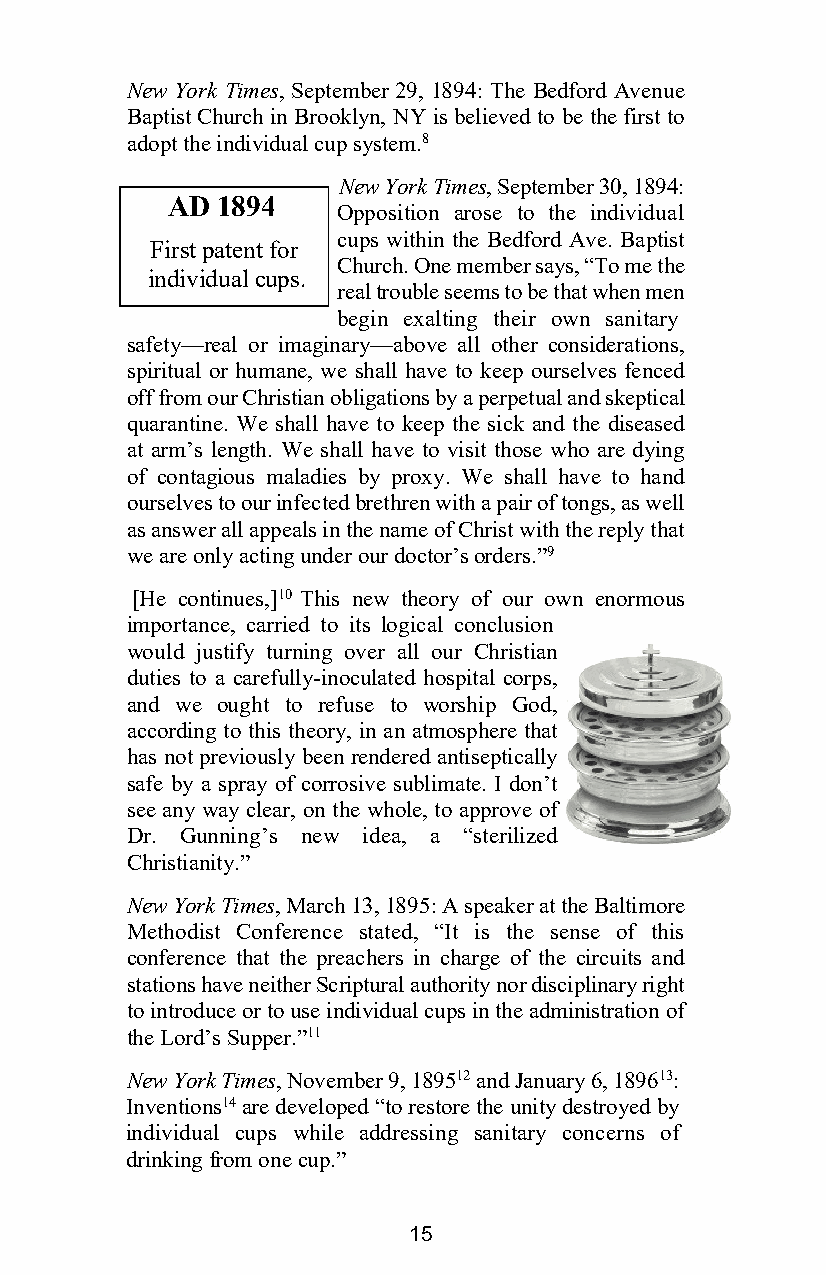
New York Times, September 29, 1894: The Bedford Avenue
 Baptist Church in Brooklyn, NY is believed to be the first to
 adopt the individual cup system.8
 New York Times, September 30, 1894:
 AD 1894
 Opposition arose to the individual
 cups within the Bedford Ave. Baptist
 First patent for
 Church. One member says, “To me the
 individual cups.
 real trouble seems to be that when men
 begin exalting their own sanitary
 safety—real or imaginary—above all other considerations,
 spiritual or humane, we shall have to keep ourselves fenced
 off from our Christian obligations by a perpetual and skeptical
 quarantine. We shall have to keep the sick and the diseased
 at arm’s length. We shall have to visit those who are dying
 of contagious maladies by proxy. We shall have to hand
 ourselves to our infected brethren with a pair of tongs, as well
 as answer all appeals in the name of Christ with the reply that
 we are only acting under our doctor’s orders.”9
 [He continues,]10 This new theory of our own enormous
 importance, carried to its logical conclusion
 would justify turning over all our Christian
 duties to a carefully-inoculated hospital corps,
 and we ought to refuse to worship God,
 according to this theory, in an atmosphere that
 has not previously been rendered antiseptically
 safe by a spray of corrosive sublimate. I don’t
 see any way clear, on the whole, to approve of
 Dr. Gunning’s new idea, a “sterilized
 Christianity.”
 New York Times, March 13, 1895: A speaker at the Baltimore
 Methodist Conference stated, “It is the sense of this
 conference that the preachers in charge of the circuits and
 stations have neither Scriptural authority nor disciplinary right
 to introduce or to use individual cups in the administration of
 the Lord’s Supper.”11
 New York Times, November 9, 189512 and January 6, 189613:
 Inventions14 are developed “to restore the unity destroyed by
 individual cups while addressing sanitary concerns of
 drinking from one cup.”
 15